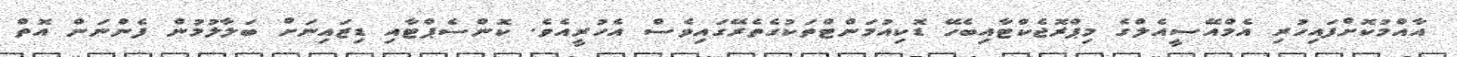
އާއްމުކޮށްފައިހުރި އެމްއޭސީއެލްގެ މިޕްރޮޖެކްޓާއިބެހޭ ޑޮކިއުމަންޓްތަކުގެތެރޭގައިވެސް އެހުރީއެވެ. ކޮންސެޕްޓާއި ޑިޒައިނަށް ބަލާލުމުން ފެންނަން އޮތް